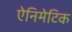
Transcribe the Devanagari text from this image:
ऐनिमेटिक